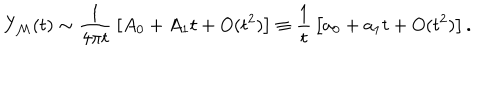
Y _ { \cal M } ( t ) \sim { \frac { 1 } { 4 \pi t } } \left[ A _ { 0 } + A _ { 1 } t + O ( t ^ { 2 } ) \right] \equiv { \frac { 1 } { t } } \left[ a _ { 0 } + a _ { 1 } t + O ( t ^ { 2 } ) \right] .